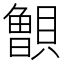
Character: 𰷐